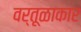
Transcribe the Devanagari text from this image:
वर्तूळाकार